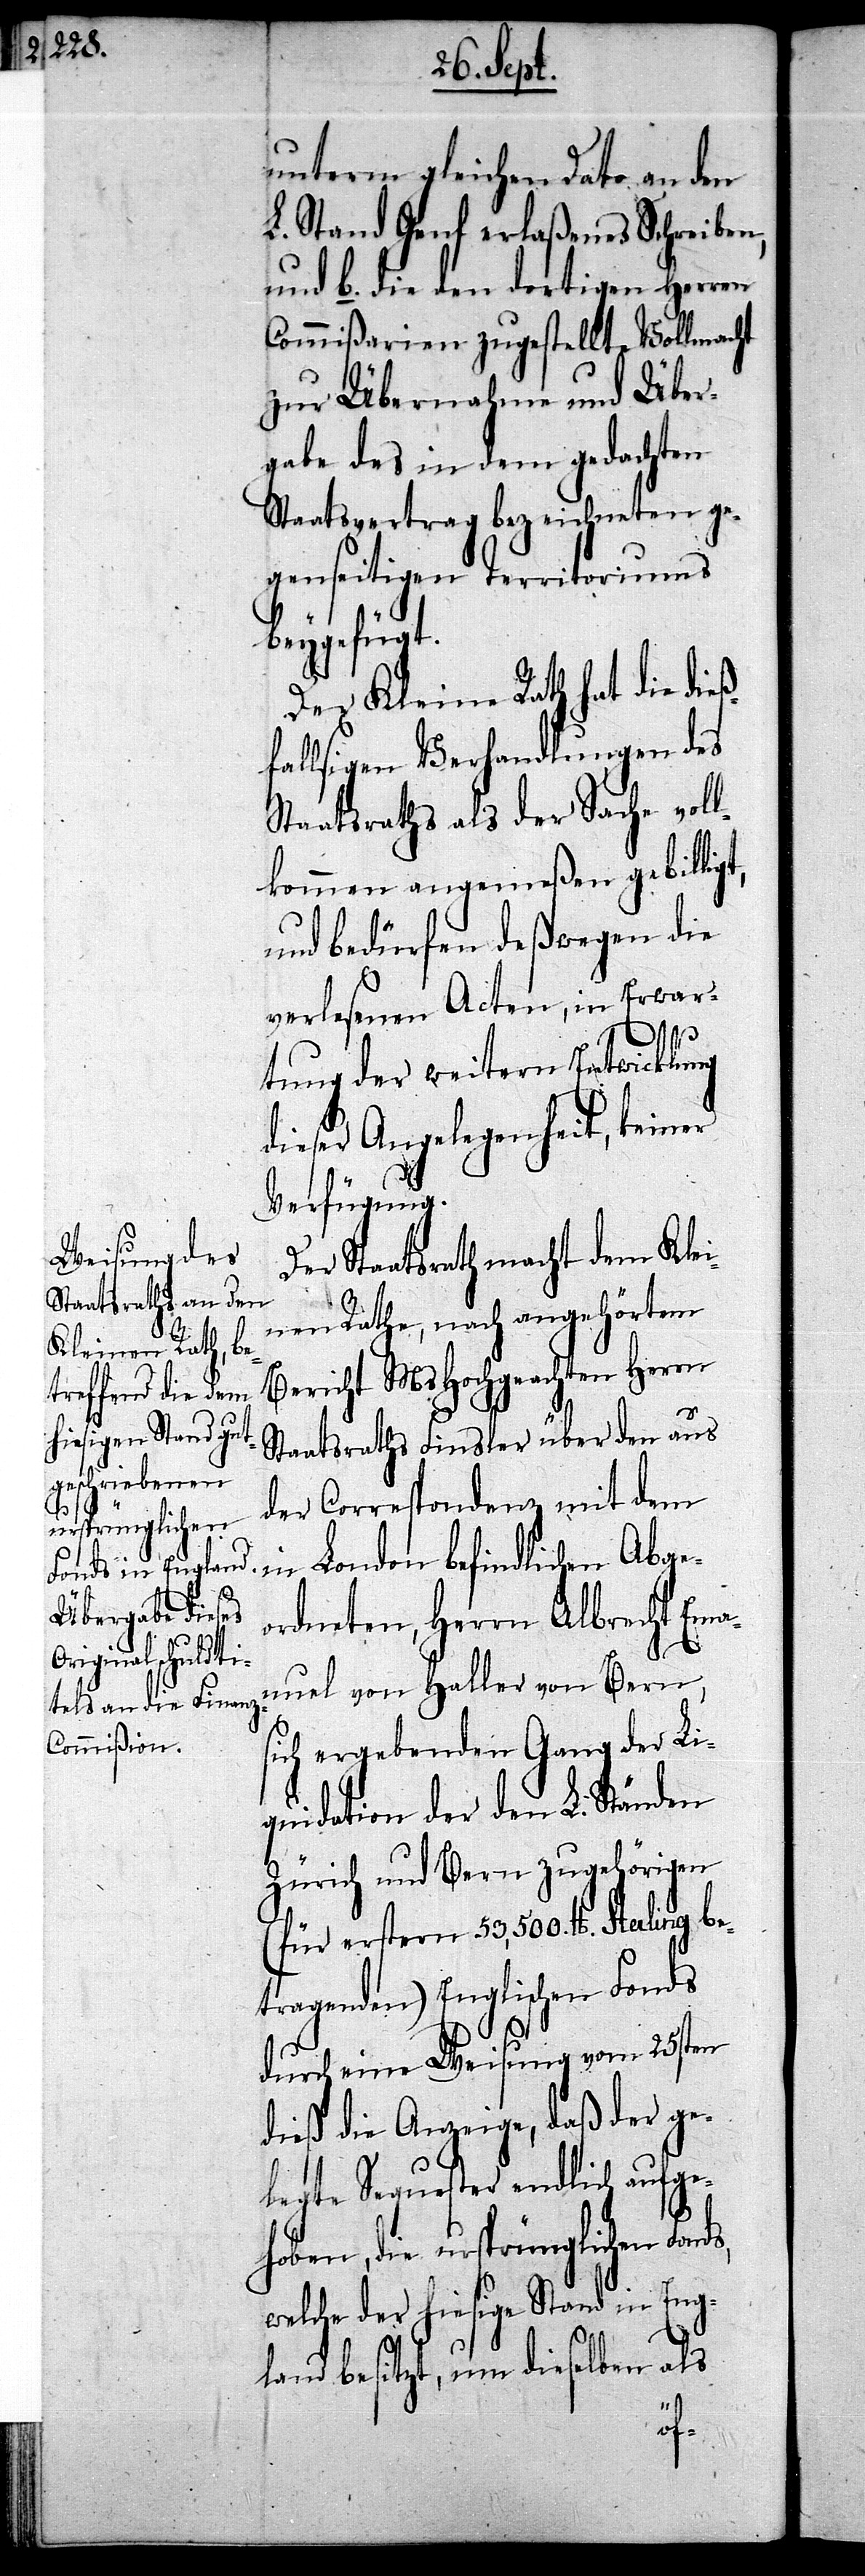
unterm gleichen dato an den
L. Stand Genf erlaßenes Schreiben,
und b. die den dortigen Herren
Commißarien zugestellte Vollmacht
rnahme des in dem gedachten
Staatsvertrag bezeichneten ge¬
genseitigen Territoriums
beygefügt.
Der Kleine Rath hat die dieß¬
fallsigen Verhandlungen des
Staatsraths als der Sache voll¬
kommen angemeßen gebilligt,
und bedürfen deßwegen die
verlesenen Acten, in Erwar¬
tung der weitern Entwicklung
dieser Angelegenheit, keiner
Verfügung.
Der Staatsrath macht dem Klei¬
nen Rathe, nach angehörtem
Bericht MsHochgeachten Herrn
Staatsraths Finsler über den aus
der Correspondenz mit dem
in London befindlichen Abge¬
ordneten, Herrn Albrecht Ema¬
nuel von Haller von Bern,
sich ergebenden Gang der Li¬
quidation der den L. Ständen
Zürich und Bern zugehörigen
(für erstern 53,500. £. Sterling be¬
tragenden) Englischen Fonds
durch eine Weisung vom 25sten
dieß die Anzeige, daß der ge¬
legte Sequester endlich aufge¬
hoben, die ursprünglichen Fond¬
welche der hiesige Stand in Eng¬
land besitzt, um dieselben als
s,